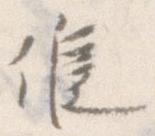
候